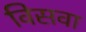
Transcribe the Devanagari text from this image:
विसवा